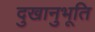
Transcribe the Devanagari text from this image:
दुखानुभूति